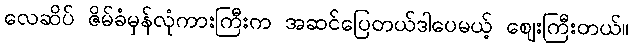
လေဆိပ် ဇိမ်ခံမှန်လုံကားကြီးက အဆင်ပြေတယ်ဒါပေမယ့် ဈေးကြီးတယ်။